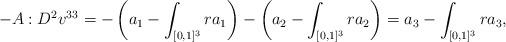
LaTeX: \begin{align*}-A:D^2 v^{33} = -\left(a_1 - \int_{[0,1]^3} r a_1\right) -\left(a_2 - \int_{[0,1]^3} r a_2\right)= a_3 - \int_{[0,1]^3} r a_3,\end{align*}